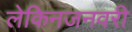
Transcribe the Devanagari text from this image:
लेकिनजनवरी